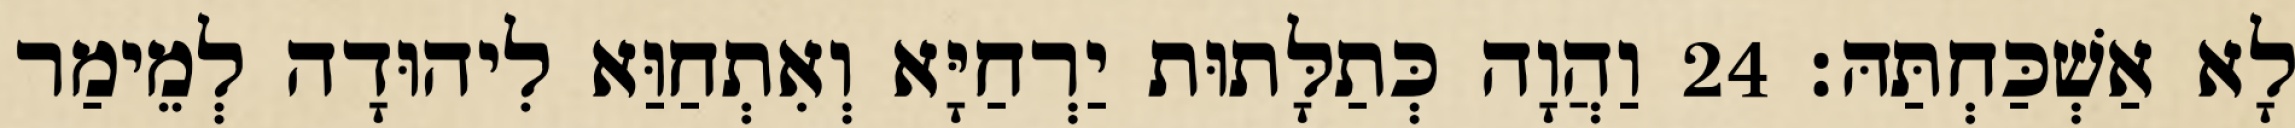
לָא אַשְׁכַּחְתַּהּ׃ 24 וַהֲוָה כְּתַלָּתוּת יַרְחַיָּא וְאִתְחַוַּא לִיהוּדָה לְמֵימַר